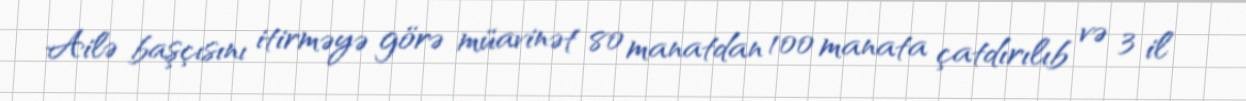
Ailə başçısını itirməyə görə müavinət 80 manatdan 100 manata çatdırılıb və 3 il